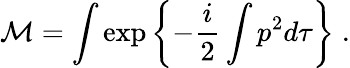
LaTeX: {\cal M}=\int\exp\left\{ -\frac{i}{2}\int p^{2}d\tau\right\} \; .